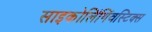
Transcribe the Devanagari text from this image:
साइकोलिंगिंवस्टिक्स